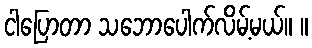
ငါပြောတာ သဘောပေါက်လိမ့်မယ်။ ။